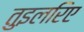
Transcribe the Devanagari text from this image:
तुइलरिए